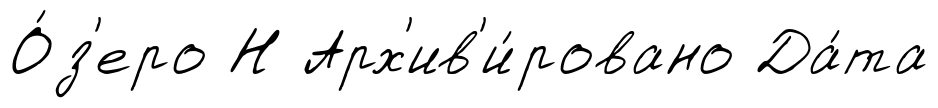
О́з'еро Н Арх'ив'и́ровано Да́та